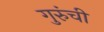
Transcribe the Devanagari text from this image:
गुरुंची